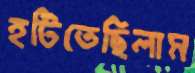
হটিতেছিলাম